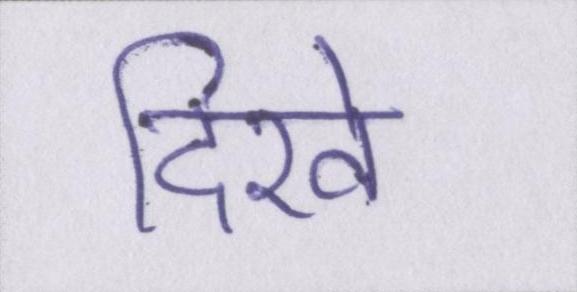
दिखे